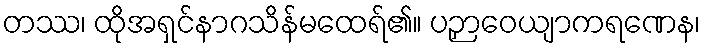
တဿ၊ ထိုအရှင်နာဂသိန်မထေရ်၏။ ပဉှာဝေယျာကရဏေန၊